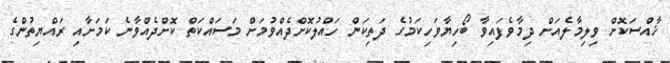
ޚާއްސަކޮށް ވިލިމާލެއަށް ދިމާވެފައިވާ ބޯހިޔާވަހިކަމުގެ ދަތިކަން ހައްލުކޮށްދެއްވުމަށް މަސައްކަތް ކޮށްދެއްވާނެ ކަމަށާއި ރައްޔިތުންގެ